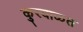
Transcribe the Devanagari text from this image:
कुरवाळत